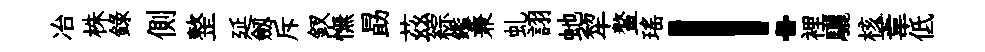
冶株錄側整延劔斥釵憮勗茲綜鑑兼虬詡虵犂鳌瑶！裡驪核葦低